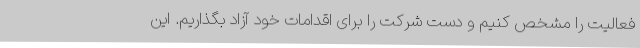
فعالیت را مشخص کنیم و دست شرکت را برای اقدامات خود آزاد بگذاریم. این